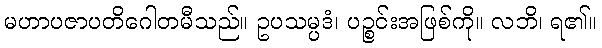
မဟာပဇာပတိဂေါတမီသည်။ ဥပသမ္ပဒံ၊ ပဉ္စင်းအဖြစ်ကို။ လဘိ၊ ရ၏။